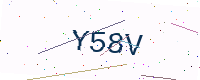
Text: Y58V